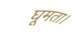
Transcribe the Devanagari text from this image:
घूमता।